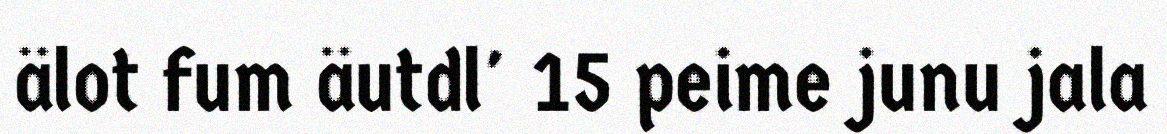
älot fum äutdl' 15 peime junu jala